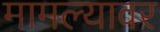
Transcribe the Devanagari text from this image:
मामल्यावर